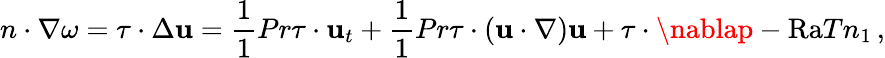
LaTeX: n\cdot\nabla\omega=\tau\cdot\Delta\mathbf{u}=\frac{{1}}{{1}}{{Pr}}\tau\cdot\mathbf{u}_{t}+\frac{{1}}{{1}}{{Pr}}\tau\cdot(\mathbf{u}\cdot\nabla)\mathbf{u}+\tau\cdot\nablap-\mathrm{{{Ra}}}Tn_{1}\, ,